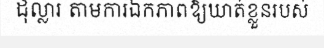
ដុល្លារ តាមការឯកភាពឱ្យឃាត់ខ្លួនរបស់